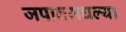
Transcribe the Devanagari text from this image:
जपानमधल्या